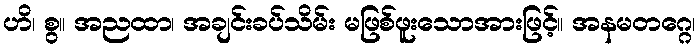
ဟိ၊ စွ။ အညထာ၊ အချင်းခပ်သိမ်း မဖြစ်ဖူးသောအားဖြင့်။ အနမတဂ္ဂေ၊